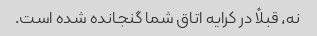
نه، قبلاً در کرایه اتاق شما گنجانده شده است.